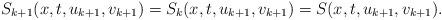
LaTeX: \begin{align*} S_{k+1}(x,t,u_{k+1},v_{k+1})=S_k(x,t,u_{k+1},v_{k+1})=S(x,t,u_{k+1},v_{k+1}). \end{align*}